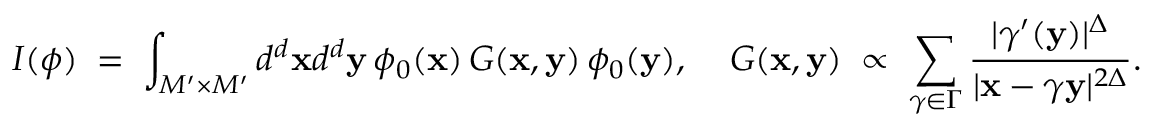
I ( \phi ) \; = \; \int _ { M ^ { \prime } \times M ^ { \prime } } d ^ { d } { \bf x } d ^ { d } { \bf y } \, \phi _ { 0 } ( { \bf x } ) \, G ( { \bf x } , { \bf y } ) \, \phi _ { 0 } ( { \bf y } ) , \; \; \; \; G ( { \bf x } , { \bf y } ) \; \propto \; \sum _ { \gamma \in \Gamma } \frac { | \gamma ^ { \prime } ( { \bf y } ) | ^ { \Delta } } { | { \bf x } - \gamma { \bf y } | ^ { 2 \Delta } } .